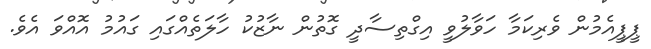
ޕީޕީއެމުން ވެރިކަމާ ހަވާލުވީ އިގްތިސާދީ ގޮތުން ނާޒުކު ހާލަތެއްގައި ގައުމު އޮއްވަ އެވެ.